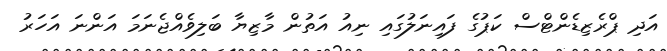
އަދި ޕްރެޒިޑެންޓްސް ކަޕުގެ ފައިނަލުގައި ނިއު އަތުން މާޒިޔާ ބަލިވެއްޖެނަމަ އަންނަ އަހަރު